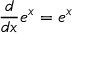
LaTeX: { \frac { d } { d x } } e ^ { x } = e ^ { x }